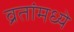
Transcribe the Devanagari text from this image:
व्रतांमध्ये